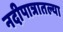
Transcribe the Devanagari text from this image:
नदीपात्रातल्या